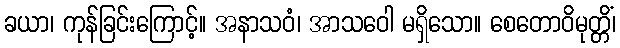
ခယာ၊ ကုန်ခြင်းကြောင့်။ အနာသဝံ၊ အာသဝေါ မရှိသော။ စေတောဝိမုတ္တိံ၊